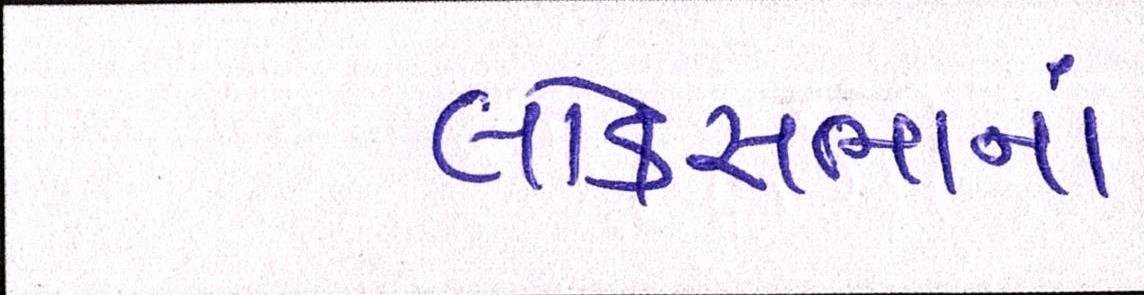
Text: લોકસબાનાં